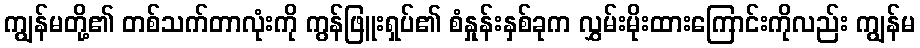
ကျွန်မတို့၏ တစ်သက်တာလုံးကို ကွန်ဖြူးရှပ်၏ စံနှုန်းနှစ်ခုက လွှမ်းမိုးထားကြောင်းကိုလည်း ကျွန်မ